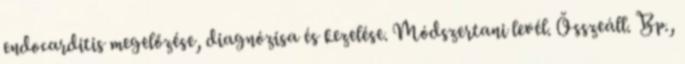
endocarditis megelőzése, diagnózisa és kezelése. Módszertani levél. Összeáll. Bp.,